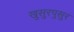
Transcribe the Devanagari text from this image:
खुसुरपुसुर